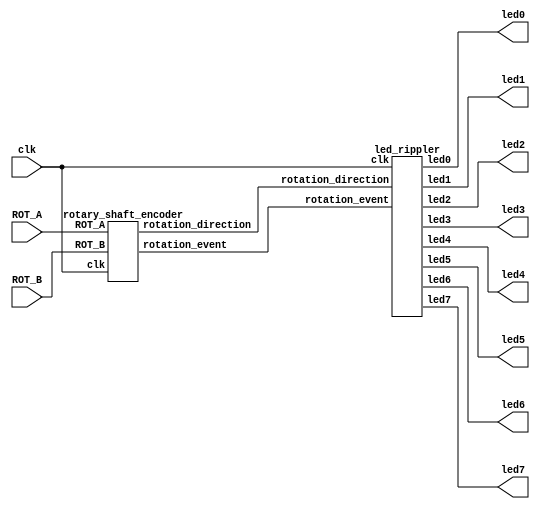
`timescale 1ns / 1ps
//////////////////////////////////////////////////////////////////////////////////
// Company: 
// Engineer: 
// 
// Design Name: 
// Module Name:    rotart_shaft_encoder 
// Project Name: 
// Target Devices: 
// Tool versions: 
// Description: 
//
// Dependencies: 
//
// Revision: 
// Revision 0.01 - File Created
// Additional Comments: 
//
//////////////////////////////////////////////////////////////////////////////////

module top(clk, ROT_A, ROT_B,led0, led1, led2, led3, led4, led5, led6, led7);
input clk;
input ROT_A;
input ROT_B;
output led0;
	 wire led0 ;
	 output led1;
	 wire led1 ;
	 output led2;
	 wire  led2 ;
	 output led3;
	 wire  led3 ;
	 output led4;
	 wire  led4 ;
	 output led5;
	 wire  led5 ;
	 output led6;
	 wire  led6 ;
	 output led7;
	 wire  led7 ;
	 
wire rotation_event;
wire rotation_direction;

rotary_shaft_encoder uut (clk, ROT_A, ROT_B,rotation_event, rotation_direction);	
led_rippler uur(clk, rotation_event, rotation_direction,led0, led1, led2, led3, led4, led5, led6, led7);

endmodule

module rotary_shaft_encoder(clk, ROT_A, ROT_B,rotation_event, rotation_direction);
input clk;
input ROT_A;
input ROT_B;
output rotation_event;
reg rotation_event;
output rotation_direction;
reg rotation_direction;

always@(posedge clk) begin
if(ROT_A==1 & ROT_B==1)begin
rotation_event<=1;
end

if(ROT_A==0 & ROT_B==0)begin
rotation_event<=0;
end

if(ROT_A==0 & ROT_B==1)begin
//Roateted to the left
rotation_direction<=1;
end

if(ROT_A==1 & ROT_B==0)begin
//Roateted to the right
rotation_direction<=0;
end
end

endmodule



module led_rippler(clk, rotation_event, rotation_direction,led0, led1, led2, led3, led4, led5, led6, led7);
input clk;
input rotation_event;
input rotation_direction;
	 output led0;
	 reg led0 = 1;
	 output led1;
	 reg led1 = 0;
	 output led2;
	 reg led2 = 0;
	 output led3;
	 reg led3 = 0;
	 output led4;
	 reg led4 = 0;
	 output led5;
	 reg led5 = 0;
	 output led6;
	 reg led6 = 0;
	 output led7;
	 reg led7 = 0;
reg prev_rotation_event;
initial begin
prev_rotation_event<=1;
end

always@(posedge clk) begin



if(prev_rotation_event==0 & rotation_event==1) begin
	if(rotation_direction==0) begin
	 led0 <= led1;
	 led1 <= led2;
	 led2 <= led3;
	 led3 <= led4;
	 led4 <= led5;
	 led5 <= led6;
	 led6 <= led7;
	 led7 <= led0;
	end
	if(rotation_direction==1) begin
	 led1 <= led0;
	 led2 <= led1;
	 led3 <= led2;
	 led4 <= led3;
	 led5 <= led4;
	 led6 <= led5;
	 led7 <= led6;
	 led0 <= led7;
	end
end

prev_rotation_event <= rotation_event;


end
endmodule